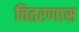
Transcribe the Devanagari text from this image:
वितरणास